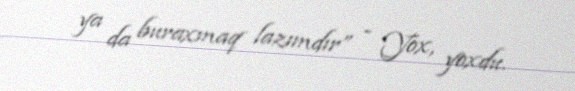
ya da buraxmaq lazımdır” - Yox, yoxdu.